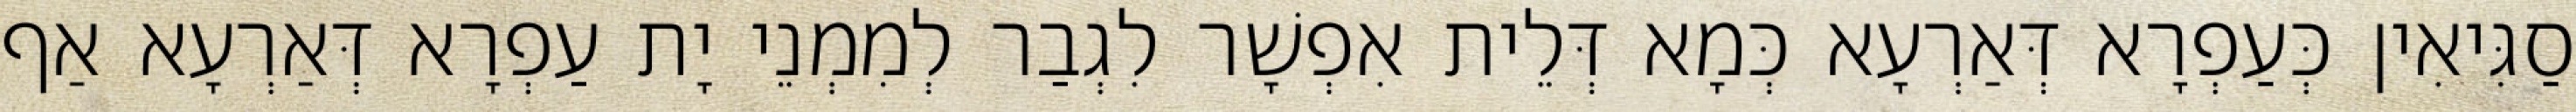
סַגִּיאִין כְּעַפְרָא דְּאַרְעָא כְּמָא דְּלֵית אִפְשָׁר לִגְבַר לְמִמְנֵי יָת עַפְרָא דְּאַרְעָא אַף